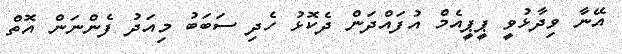
އޭނާ ވިދާޅުވީ ޕީޕީއެމް އުފައްދަން ދެކޮޅު ހެދި ސަބަބު މިއަދު ފެންނަން އޮތް